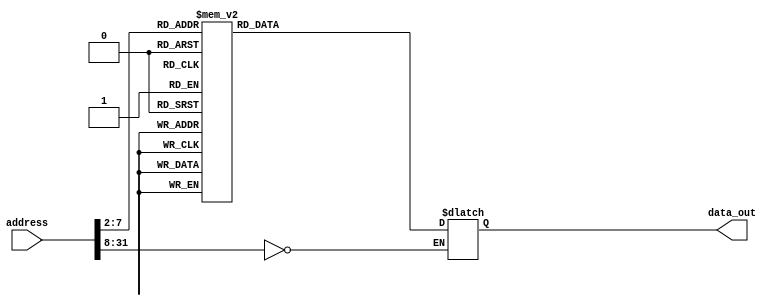

module rom32(address, data_out);
  input  [31:0] address;
  output [31:0] data_out;
  reg    [31:0] data_out;

  parameter BASE_ADDRESS = 25'd0; // address that applies to this memory

  wire [6:0] mem_offset;
  wire address_select;

  assign mem_offset = address[7:2];  // drop 2 LSBs to get word offset

  assign address_select = (address[31:8] == BASE_ADDRESS);  // address decoding

  always @(address_select or mem_offset)

  begin
    if ((address % 4) != 0) $display($time, " rom32 error: unaligned address %d", address);
    if (address_select == 1)
    begin
      case (mem_offset)		
6'd0  : data_out = {32'b00011000000010100000000000000000};            //movi r5, #0 
6'd1  : data_out = {32'b00011000000011000001010111111000};            //movi r6, #5624
6'd2  : data_out = {32'b00011000000000100000000000000000};            //movi r1, #0
6'd3  : data_out = {32'b00011000000001000001010111111001};            //movi r2, #5625 
6'd4  : data_out = {32'b00011000000011100000000000000000};            //movi r7, #0 
6'd5  : data_out = {32'b00011000000100000000000000000000};            //movi r8, #0
6'd6  : data_out = {32'b00100000001010000000000010010110};            //mov.v v4, #150
6'd8  : data_out = {32'b01100001010011000000000000010101};            //beq r5, r6, desencriptar
6'd9  : data_out = {32'b00000000000000000000000000000000};            //nop
6'd10  : data_out = {32'b00000000000000000000000000000000};            //nop
6'd11  : data_out = {32'b01110000011100100000000000000000};            //load.v v9, r1
6'd12  : data_out = {32'b00000000000000000000000000000000};            //nop 
6'd13  : data_out = {32'b00000000000000000000000000000000};            //nop
6'd14  : data_out = {32'b00000000000000000000000000000000};            //nop
6'd15  : data_out = {32'b00010110011010010101000000000000};            //add.v v5, v9, v4
6'd16  : data_out = {32'b00000000000000000000000000000000};            //nop 
6'd17  : data_out = {32'b00000000000000000000000000000000};            //nop
6'd18  : data_out = {32'b00000000000000000000000000000000};            //nop
6'd19  : data_out = {32'b10000000101010100000000000000000};            //store.v v5, r2
6'd20  : data_out = {32'b00000000000000000000000000000000};            //nop
6'd21  : data_out = {32'b00000000000000000000000000000000};            //nop
6'd22  : data_out = {32'b00000000000000000000000000000000};            //nop
6'd23  : data_out = {32'b10011000010000100000000000000001};            //addi r1, r1, #1
6'd24  : data_out = {32'b10011000100001000000000000000001};            //addi r2, r2, #1
6'd25  : data_out = {32'b10011001010010100000000000000001};            //addi r5, r5, #1
6'd26  : data_out = {32'b00000000000000000000000000000000};            //nop
6'd27  : data_out = {32'b00000000000000000000000000000000};            //nop
6'd28  : data_out = {32'b01100001110100011111111111101011};            //beq r7, r8, loop 
6'd29  : data_out = {32'b00000000000000000000000000000000};            //nop
6'd31  : data_out = {32'b00011000000101000000000000000000};            //movi r10, #0 
6'd32  : data_out = {32'b00011000000101100001010111111000};            //movi r11, #5624
6'd33  : data_out = {32'b00011000000110000001010111111001};            //movi r12, #5625
6'd34  : data_out = {32'b00011000000110100010101111110010};            //movi r13, #11250
6'd36  : data_out = {32'b01100010100101100000000000010101};            //beq r10, r11, done
6'd37  : data_out = {32'b00000000000000000000000000000000};            //nop
6'd38  : data_out = {32'b00000000000000000000000000000000};            //nop
6'd39  : data_out = {32'b01110011001101000000000000000000};            //load.v v10, r12
6'd40  : data_out = {32'b00000000000000000000000000000000};            //nop 
6'd41  : data_out = {32'b00000000000000000000000000000000};            //nop
6'd42  : data_out = {32'b00000000000000000000000000000000};            //nop
6'd43  : data_out = {32'b10001110101010011011000000000000};            //sub.v v11, v10, v4
6'd44  : data_out = {32'b00000000000000000000000000000000};            //nop 
6'd45  : data_out = {32'b00000000000000000000000000000000};            //nop
6'd46  : data_out = {32'b00000000000000000000000000000000};            //nop
6'd47  : data_out = {32'b10000011011101100000000000000000};            //store.v v11, r13
6'd48  : data_out = {32'b00000000000000000000000000000000};            //nop
6'd49  : data_out = {32'b00000000000000000000000000000000};            //nop
6'd50  : data_out = {32'b00000000000000000000000000000000};            //nop
6'd51  : data_out = {32'b10011011000110000000000000000001};            //addi r12, r12, #1
6'd52  : data_out = {32'b10011011010110100000000000000001};            //addi r13, r13, #1
6'd53  : data_out = {32'b10011010100101000000000000000001};            //addi r10, r10, #1
6'd54  : data_out = {32'b00000000000000000000000000000000};            //nop
6'd55  : data_out = {32'b00000000000000000000000000000000};            //nop
6'd56  : data_out = {32'b01100001110100011111111111101011};            //beq r7, r8, loopDesencriptar 
6'd57  : data_out = {32'b00000000000000000000000000000000};            //nop
          default data_out = 32'h0000;
      endcase

   //   $display($time, " reading data: rom32[%h] => %h", address, data_out);

    end
  end
endmodule